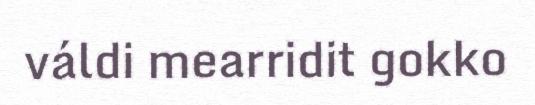
váldi mearridit gokko